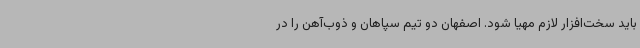
باید سخت‌افزار لازم مهیا شود. اصفهان دو تیم سپاهان و ذوب‌آهن را در